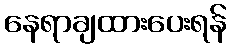
နေရာချထားပေးရန်